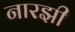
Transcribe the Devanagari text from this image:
नारझी